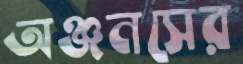
অঞ্জনসের